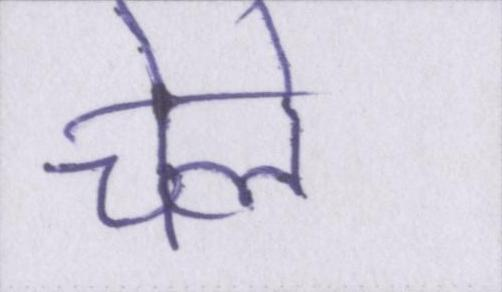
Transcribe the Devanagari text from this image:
चेले